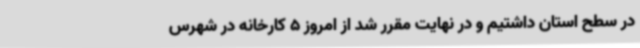
در سطح استان داشتیم و در نهایت مقرر شد از امروز 5 کارخانه در شهرس